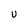
Character: U